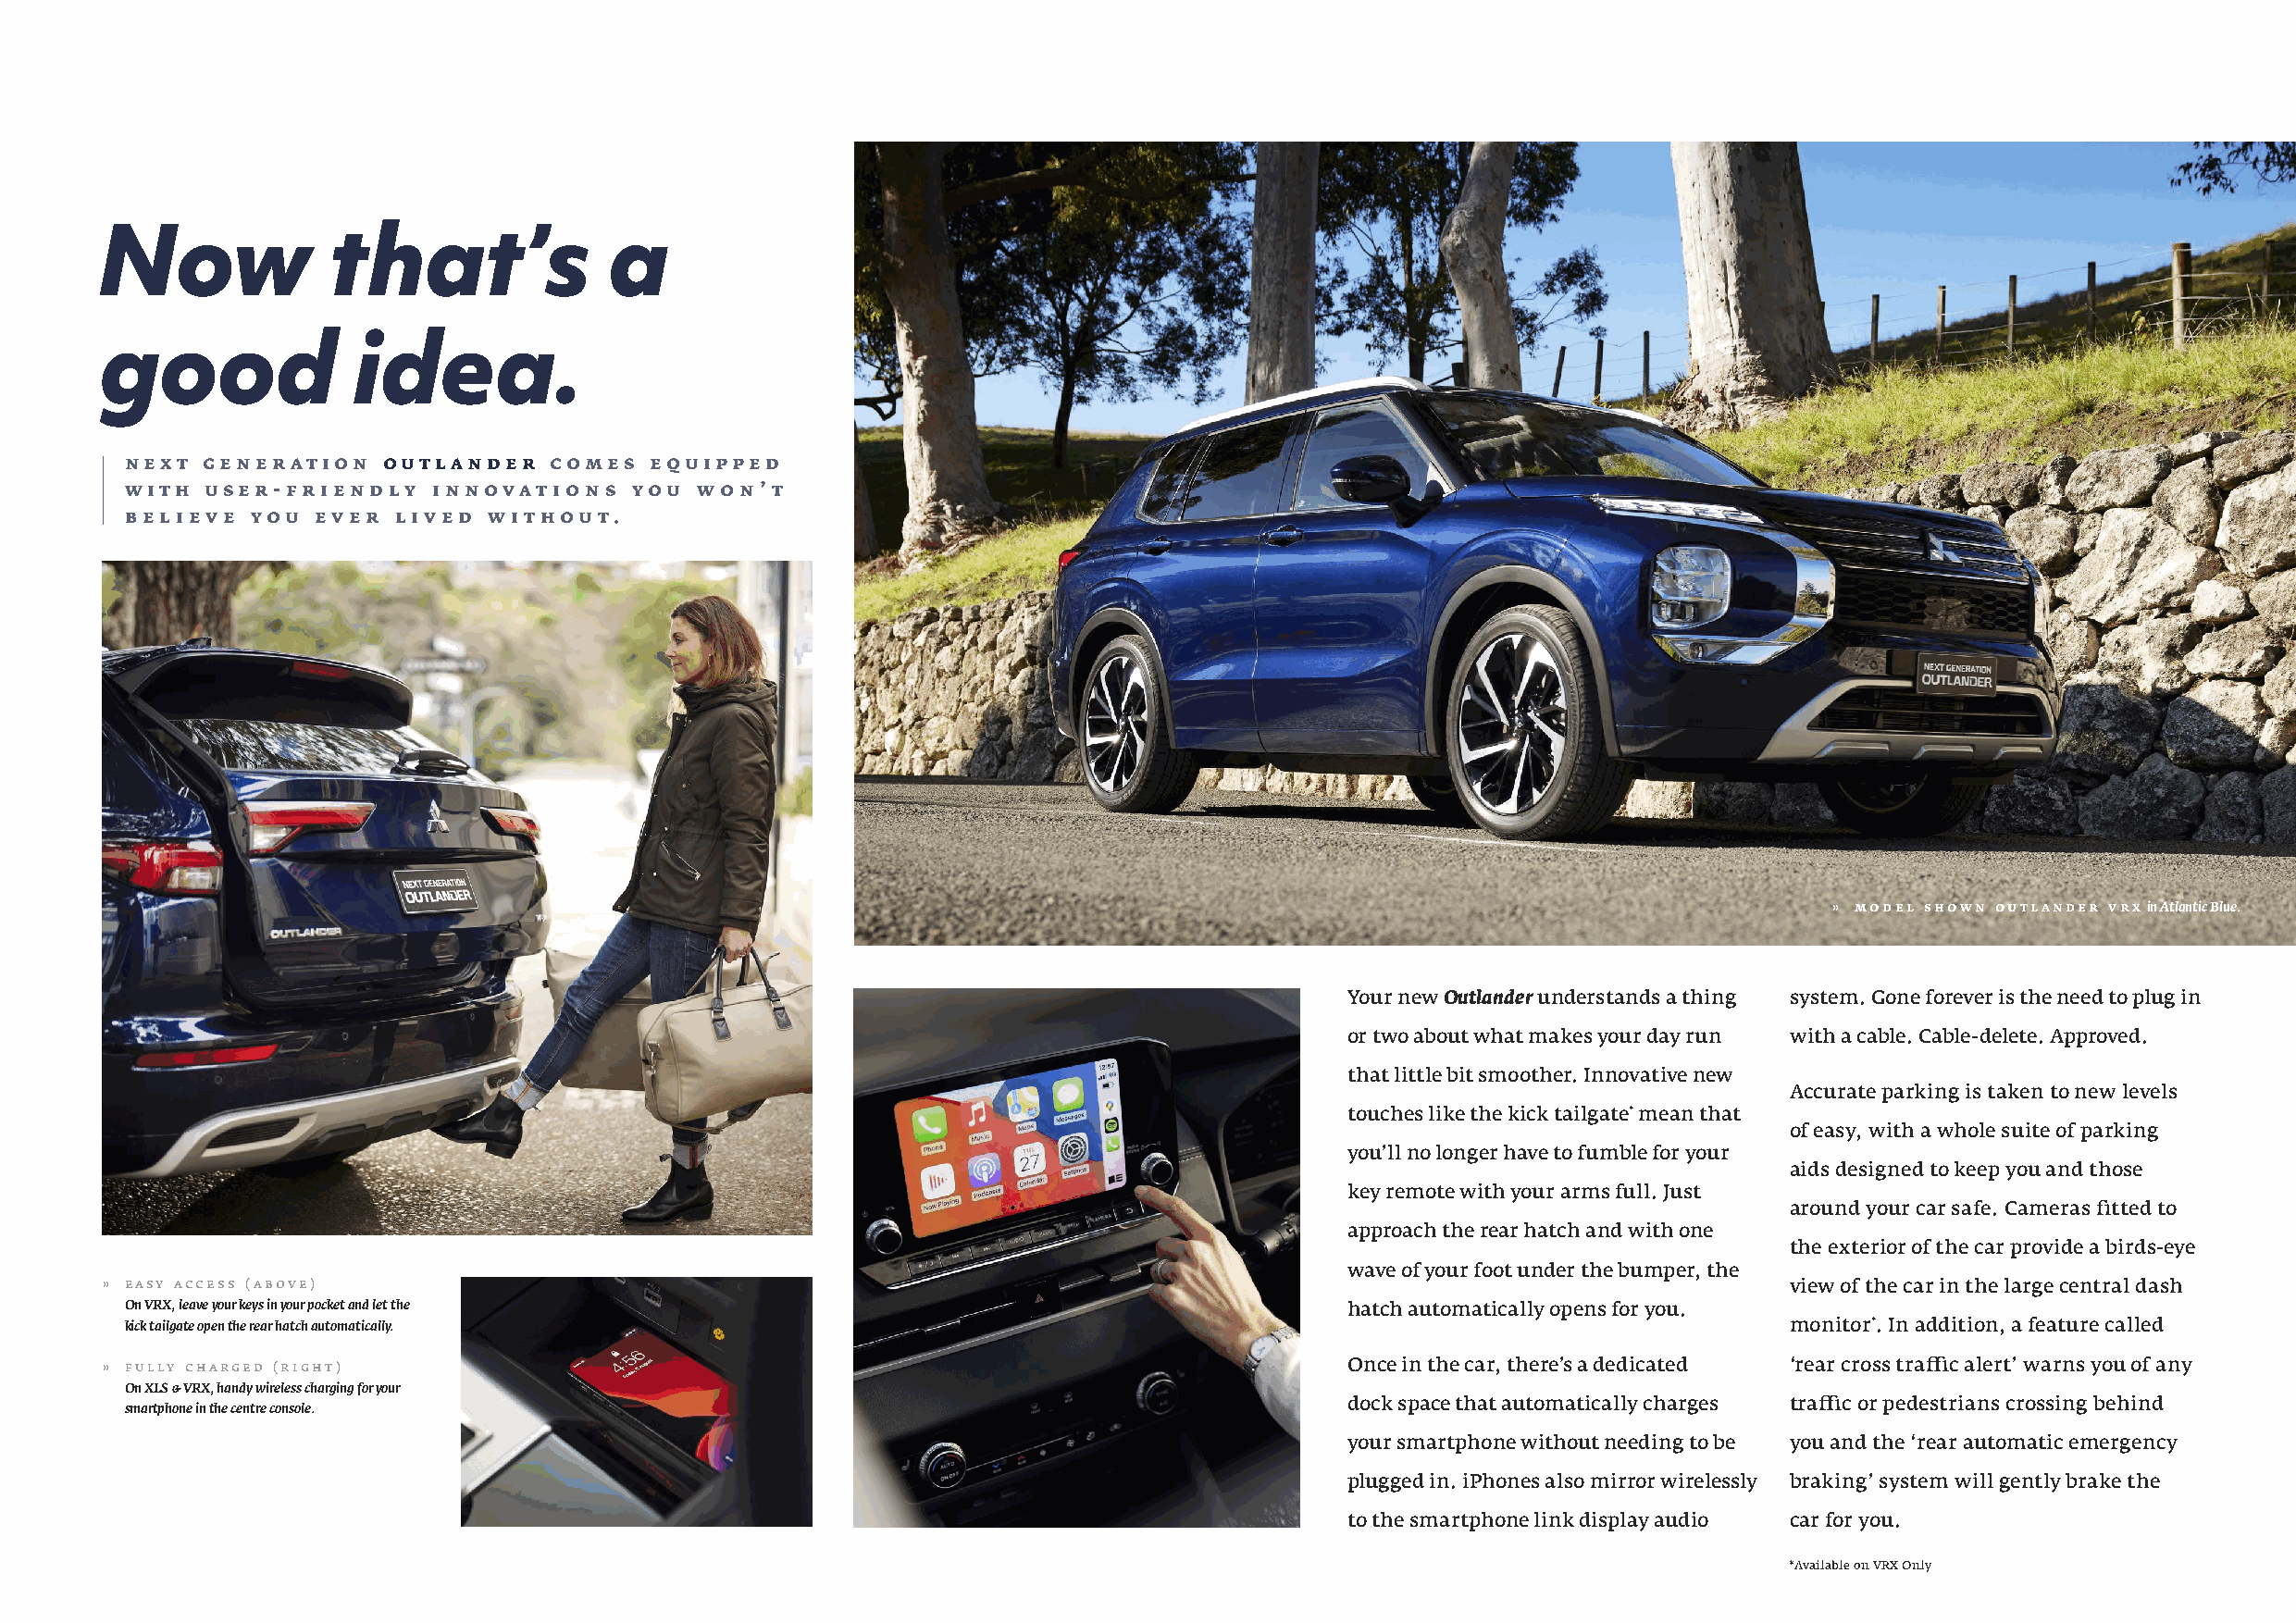
Now             that’s              a
 good              idea.
 next  generation  outlander   comes  equipped
 with  user-friendly   innovations   you  won’ t
 believe  you  ever lived  without.
 » model shown outlander vrx in Atlantic Blue.
 Outlander
 Your new      understands a thing system. Gone forever is the need to plug in
 or two about what makes your day run with a cable. Cable-delete. Approved.
 that little bit smoother. Innovative new
 Accurate parking is taken to new levels
 touches like the kick tailgate* mean that
 of easy, with a whole suite of parking
 you’ll no longer have to fumble for your
 aids designed to keep you and those
 key remote with your arms full. Just
 around your car safe. Cameras fitted to
 approach the rear hatch and with one
 the exterior of the car provide a birds-eye
 wave of your foot under the bumper, the
 » easy access (above)
 view of the car in the large central dash
 On VRX, leave your keys in your pocket and let the
 hatch automatically opens for you.
 kick tailgate open the rear hatch automatically.                                                                       monitor*. In addition, a feature called
 » fully charged (right)                                                                  Once in the car, there’s a dedicated ‘rear cross traffic alert’ warns you of any
 On XLS & VRX, handy wireless charging for your
 smartphone in the centre console.                                                      dock space that automatically charges traffic or pedestrians crossing behind
 your smartphone without needing to be you and the ‘rear automatic emergency
 plugged in. iPhones also mirror wirelessly braking’ system will gently brake the
 to the smartphone link display audio car for you.
 * Available on VRX Only